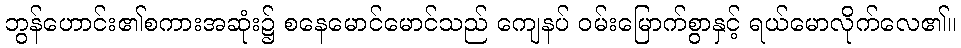
ဘွန်ဟောင်း၏စကားအဆုံး၌ စနေမောင်မောင်သည် ကျေနပ် ဝမ်းမြောက်စွာနှင့် ရယ်မောလိုက်လေ၏။